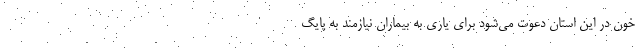
خون در این استان دعوت می‌شود برای یاری به بیماران نیازمند به پایگ